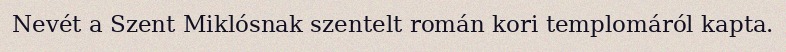
Nevét a Szent Miklósnak szentelt román kori templomáról kapta.